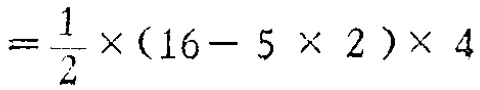
$=\frac{1}{2}\times(16 - 5\times 2)\times 4$